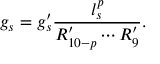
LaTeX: g _ { s } = g _ { s } ^ { \prime } \frac { l _ { s } ^ { p } } { R _ { 1 0 - p } ^ { \prime } \cdots R _ { 9 } ^ { \prime } } .